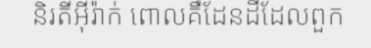
និរតីអ៊ីរ៉ាក់ ពោលគឺដែនដីដែលពួក